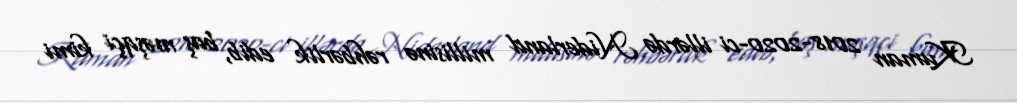
Kuman 2018-2020-ci illərdə Niderland millisinə rəhbərlik edib, baş məşqçi kimi